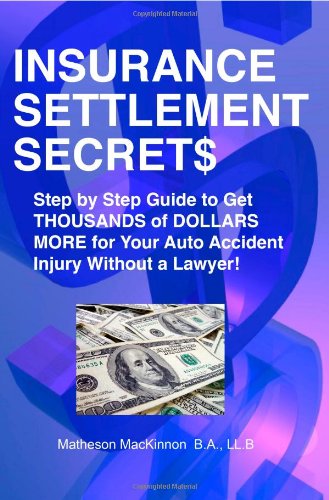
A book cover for Insurance Settlement Secrets: A Step by Step Guide to Get Thousands of Dollars More for Your Auto Accident Injury Without a Lawyer!; Matheson Mackinnon; Business & Money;